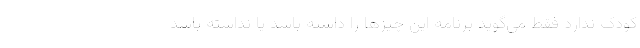
کودک ندارد فقط می‌گوید برنامه این چیزها را داشته باشد یا نداشته باشد